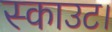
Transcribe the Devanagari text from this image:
स्काउट।